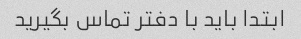
ابتدا باید با دفتر تماس بگیرید